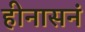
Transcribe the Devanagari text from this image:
हीनासनं